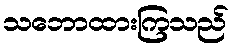
သဘောထားကြသည်